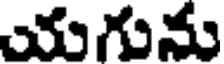
యగును